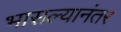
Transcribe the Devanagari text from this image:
भासल्यानंतर